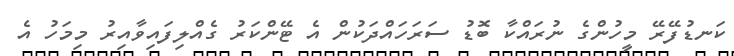
ކަނޑުފޭރޭ މީހުންގެ ނުރައްކާ ބޮޑު ސަރަހައްދަކުން އެ ޓޭންކަރު ގެއްލިފައިވާއިރު މިމަހު އެ